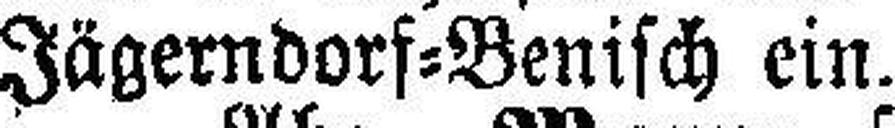
Jägerndorf=Benisch ein.